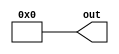
module y_value(out);



output [17:0] out;
localparam [17:0] value=18'b000000000000000000;


assign out[17:0] = value[17:0];


endmodule